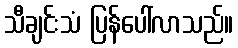
သီချင်းသံ ပြန်ပေါ်လာသည်။